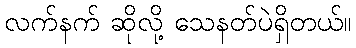
လက်နက် ဆိုလို့ သေနတ်ပဲရှိတယ်။